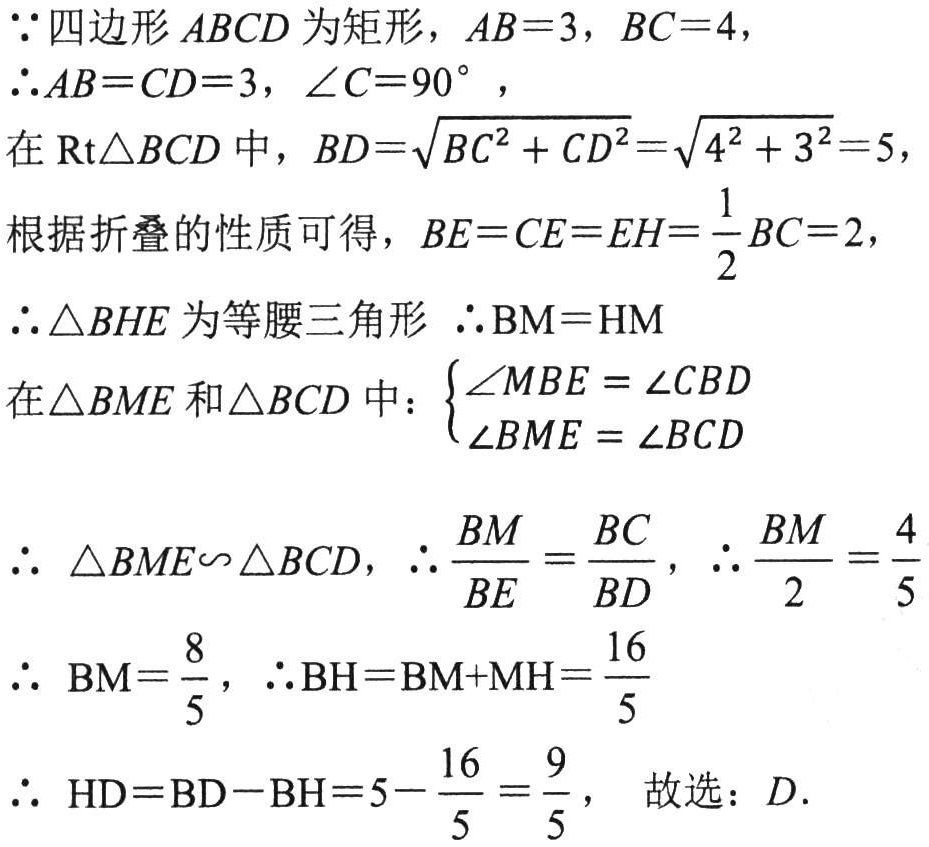
\(\because\)四边形 \(ABCD\) 为矩形，\(AB = 3\)，\(BC = 4\)，
\(\therefore AB = CD = 3\)，\(\angle C = 90^{\circ}\)，
在 \(\text{Rt}\triangle BCD\) 中，\(BD=\sqrt{BC^{2}+CD^{2}}=\sqrt{4^{2}+3^{2}} = 5\)，
根据折叠的性质可得，\(BE = CE = EH=\frac{1}{2}BC = 2\)，
\(\therefore\triangle BHE\) 为等腰三角形 \(\therefore \text{BM}=\text{HM}\)
在\(\triangle BME\) 和\(\triangle BCD\) 中：\(\begin{cases}\angle MBE=\angle CBD\\\angle BME=\angle BCD\end{cases}\)
\(\therefore\) \(\triangle BME\sim\triangle BCD\)，\(\therefore \frac{BM}{BE}=\frac{BC}{BD}\)，\(\therefore \frac{BM}{2}=\frac{4}{5}\)
\(\therefore\) \(\text{BM}=\frac{8}{5}\)，\(\therefore \text{BH}=\text{BM}+\text{MH}=\frac{16}{5}\)
\(\therefore\) \(\text{HD}=\text{BD}-\text{BH}=5 - \frac{16}{5}=\frac{9}{5}\)， 故选：\(D\).